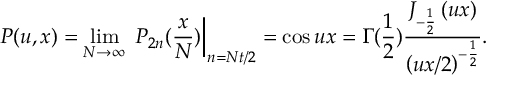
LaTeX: P ( u , x ) = \operatorname * { l i m } _ { N \rightarrow \infty } \left. \, P _ { 2 n } ( \frac { x } { N } ) \right| _ { n = N t / 2 } = \cos u x = \Gamma ( \frac 1 2 ) \frac { J _ { - \frac 1 2 } \left( u x \right) } { \left( u x / 2 \right) ^ { - \frac 1 2 } } .